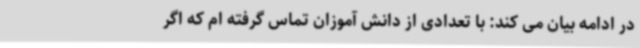
در ادامه بیان می کند: با تعدادی از دانش آموزان تماس گرفته ام که اگر